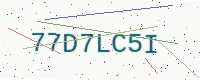
Text: 77D7LC5I